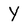
Character: Y